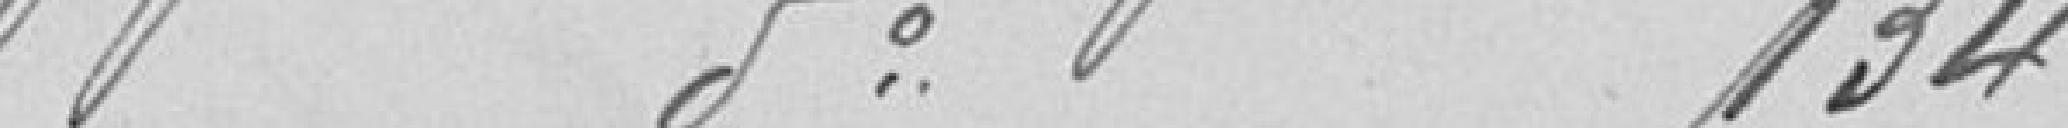
Faubourg des Vosges 134